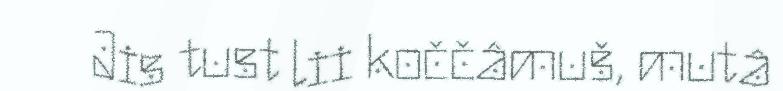
Jis tust lii koččâmuš, mutâ